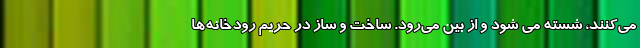
می‌کنند، شسته می شود و از بین می‌رود. ساخت و ساز در حریم رودخانه‌ها